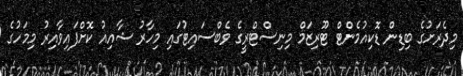
މިދެރަށުގެ ބިޑިން ޑޮކިއުމެންޓް ޓޫރިޒަމް މިނިސްޓްރީގެ ވެބްސައިޓުގައި މިހާރު ޝާއިއު ކޮށްފައިވާއިރު މިމަހުގެ